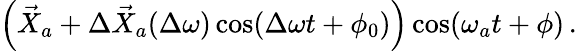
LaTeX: \begin{array}{r}{\left(\vec{X}_{a}+\Delta\vec{X}_{a}(\Delta\omega)\cos(\Delta\omega t+\phi_{0})\right)\cos(\omega_{a}t+\phi)\, .}\end{array}